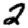
Digit: 2